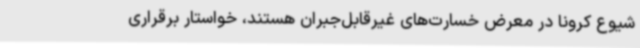
شیوع کرونا در معرض خسارت‌های غیرقابل‌جبران هستند، خواستار برقراری